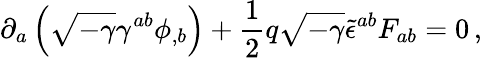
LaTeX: \partial_{a}\left(\sqrt{-\gamma}\gamma^{ab}\phi_{,b}\right)+\frac{1}{2}q\sqrt{-\gamma}{\tilde{\epsilon}}^{ab}F_{ab}=0\, ,